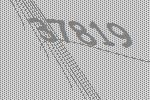
37819